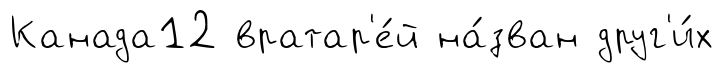
Канада12 вратар'е́й на́зван друг'и́х